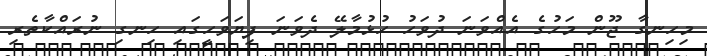
މިހިނގާ ޖޫން މަހުގެ އެއްވަނަ ދުވަހު ހުޅުމާލޭ ދެވަނަ ފިޔަވަހީގައި ހިނގި ނުރައްކާތެރި